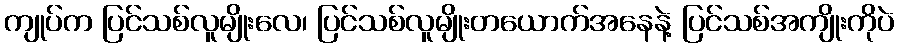
ကျုပ်က ပြင်သစ်လူမျိုးလေ၊ ပြင်သစ်လူမျိုးတယောက်အနေနဲ့ ပြင်သစ်အကျိုးကိုပဲ